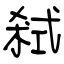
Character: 弒